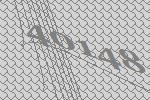
40148